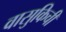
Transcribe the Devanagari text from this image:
वासुकिची